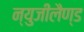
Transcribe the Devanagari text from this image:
न्युजीलैण्ड